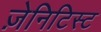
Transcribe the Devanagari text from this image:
ज़ेनिटिस्ट